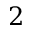
2